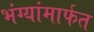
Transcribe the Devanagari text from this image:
भंग्यांमार्फत